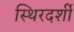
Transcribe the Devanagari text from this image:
स्थिरदर्शी